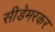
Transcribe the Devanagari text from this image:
सीडेमरकर